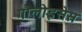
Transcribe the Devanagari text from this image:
गौलोइसेस